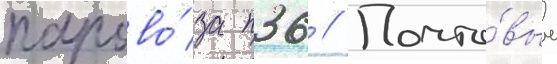
парово́за п36 // Почто́вые